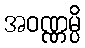
အဝဏ္ဏမ္ပိ